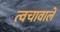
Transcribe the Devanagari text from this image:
त्वचावाले